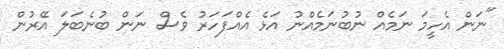
"ނަން އެހީމަ ނަމެއް ނުބުނަމެއްނު އަޅެ އެއްފަހަރު ވެސް ނަން ބުނެބަލަ އޭރުން